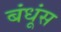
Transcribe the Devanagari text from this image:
बंधूंस